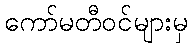
ကော်မတီဝင်များမှ